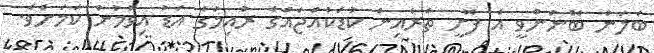
ބަލަން ބޭނުންވީ އެ ފޮށީ ތެރެއިން ކުޑަކުއްޖެއްގެ ރުއިމުގެ އަޑު އިވުމުން ކަމަށެވެ.